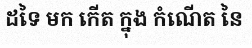
ដទៃ មក កើត ក្នុង កំណើត នៃ